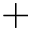
+